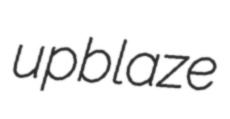
upblaze